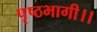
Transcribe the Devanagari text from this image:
पृष्ठभागी।।